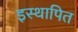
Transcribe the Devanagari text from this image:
इस्थापित